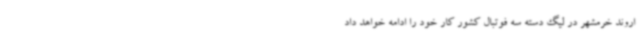
اروند خرمشهر در لیگ دسته سه فوتبال کشور کار خود را ادامه خواهد داد